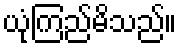
ယုံကြည်မိသည်။